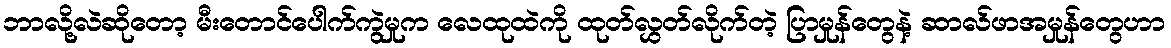
ဘာလို့လဲဆိုတော့ မီးတောင်ပေါက်ကွဲမှုက လေထုထဲကို ထုတ်လွှတ်လိုက်တဲ့ ပြာမှုန်တွေနဲ့ ဆာလ်ဖာအမှုန်တွေဟာ